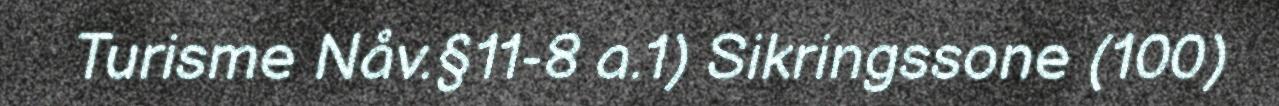
Turisme Nåv.§11-8 a.1) Sikringssone (100)